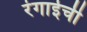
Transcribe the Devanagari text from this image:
रंगाईची